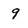
Character: 9